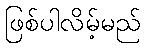
ဖြစ်ပါလိမ့်မည်